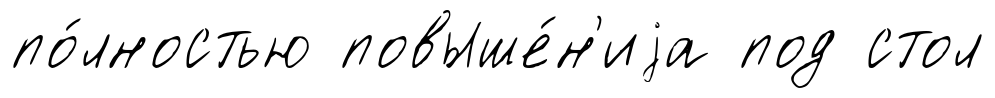
по́лностью повыше́н'иjа под стол